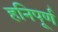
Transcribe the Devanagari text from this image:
हनिपूर्ण